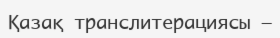
Қазақ транслитерациясы —